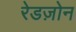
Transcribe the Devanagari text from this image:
रेडज़ोन